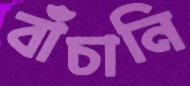
বাঁচানি